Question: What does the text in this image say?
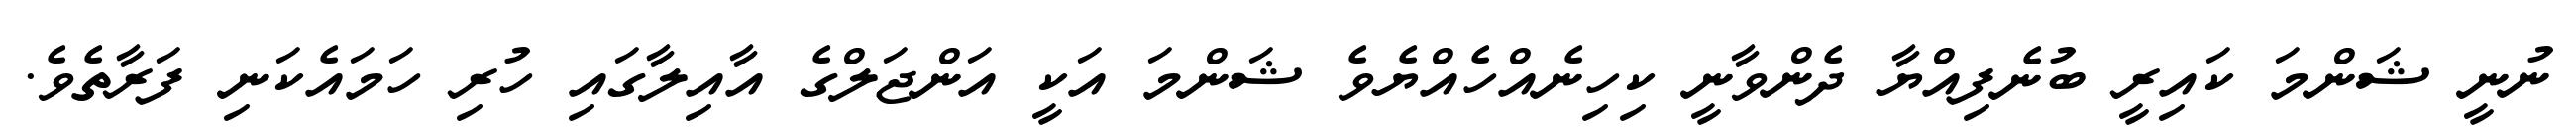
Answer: ނުނީ ޝަންމަ ކައިރީ ބުނެފިއްޔާ ދެންވާނީ ކިހިނެއްހެއްޔެވެ ޝަންމަ އަކީ އަންޖަލްގެ އާއިލާގައި ހުރި ހަމައެކަނި ފަރާތެވެ.